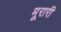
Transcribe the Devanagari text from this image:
मूरारी